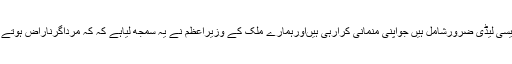
اس فیصلے سے توایسامحسوس ہوتاہے کہ ملک کے وزیراعظم کے خاص مشیروں میں کچھ ایسی لیڈی ضرورشامل ہیں جواپنی منمانی کرارہی ہیںاورہمارے ملک کے وزیراعظم نے یہ سمجھ لیاہے کہ کہ مرداگرناراض ہوتے ہیں توہوجائیں لیکن خواتین توہماری ہوجائیں گی اورہم ان کے ووٹ سے کامیاب ہوجائیں گے۔